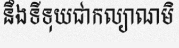
នឹងទីទុយជាកល្យាណមិ